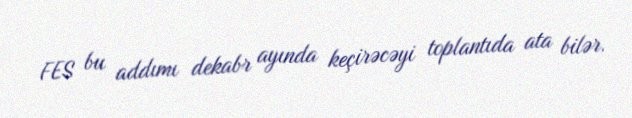
FES bu addımı dekabr ayında keçirəcəyi toplantıda ata bilər.